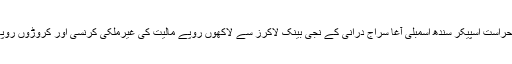
قومی احتساب بیورو نے زیرحراست اسپیکر سندھ اسمبلی آغا سراج درانی کے نجی بینک لاکرز سے لاکھوں روپے مالیت کی غیرملکی کرنسی اور کروڑوں روپے مالیت کا سونا برآمد کرلیا۔